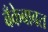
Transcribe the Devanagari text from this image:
बँकेबाबत